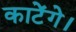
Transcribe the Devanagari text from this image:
काटेंगे।